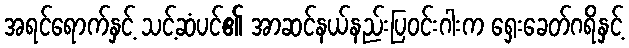
အရင်ရောက်နှင့် သင့်ဆံပင်၏ အာဆင်နယ်နည်းပြဝင်းဂါးက ရှေးခေတ်ဂရိနှင့်